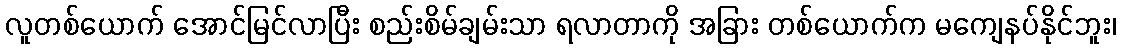
လူတစ်ယောက် အောင်မြင်လာပြီး စည်းစိမ်ချမ်းသာ ရလာတာကို အခြား တစ်ယောက်က မကျေနပ်နိုင်ဘူး၊